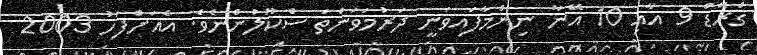
ގްރޭޑް 9 އާއި 10 އޭނާ ނިންމާފައިވަނީ ދަރުމަވަންތަ ސްކޫލުންނެވެ. އެއަށްފަހު 2003